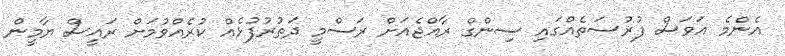
އެންމެ އަވަސް ފުރުސަތެއްގައި ސިންގް ރާއްޖެއަށް ރަސްމީ ދަތުރުފުޅެއް ކުރެއްވުމަށް ރައީސް ޔާމީން